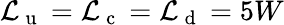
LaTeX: \mathcal{L}_{\mathrm{{~u~}}}=\mathcal{L}_{\mathrm{{~c~}}}=\mathcal{L}_{\mathrm{{~d~}}}=5W